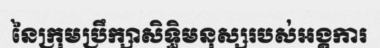
នៃក្រុមប្រឹក្សាសិទ្ធិមនុស្សរបស់អង្គការ